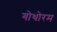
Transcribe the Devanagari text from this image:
गोथोरम